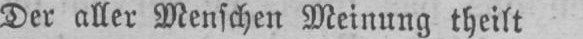
Der aller Menschen Meinung theilt